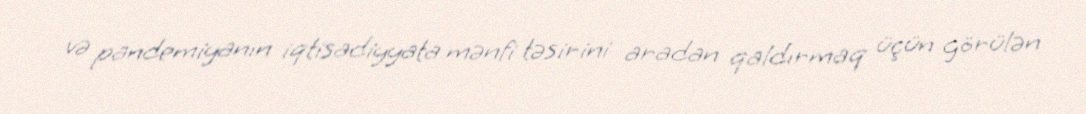
və pandemiyanın iqtisadiyyata mənfi təsirini aradan qaldırmaq üçün görülən